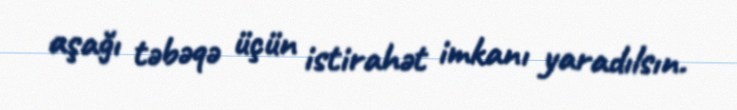
aşağı təbəqə üçün istirahət imkanı yaradılsın.